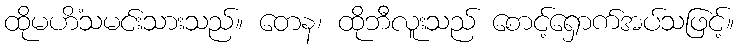
ထိုမဟိံသမင်းသားသည်။ တေန၊ ထိုဘီလူးသည် စောင့်ရှောက်အပ်သဖြင့်။